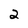
Character: 2